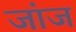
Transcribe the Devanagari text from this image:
जांज